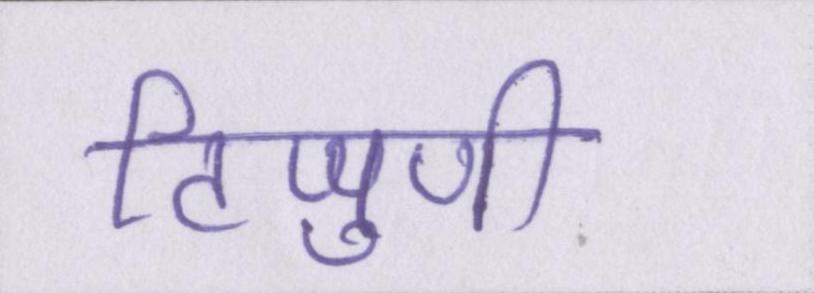
टिप्पुणी